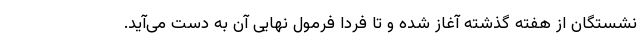
نشستگان از هفته گذشته آغاز شده و تا فردا فرمول نهایی آن به دست می‌آید.